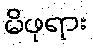
မိဖုရား